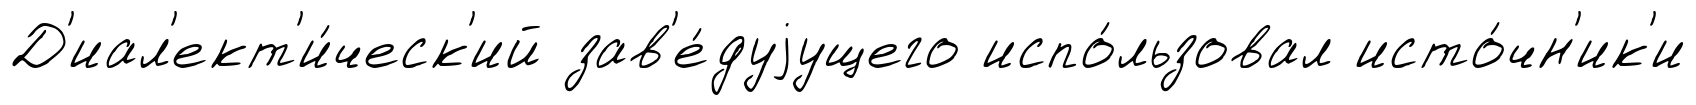
Д'иал'ект'и́ческ'ий зав'е́дуjущего испо́льзовал исто́чн'ик'и